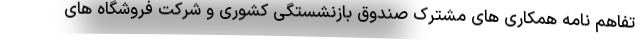
تفاهم نامه همکاری های مشترک صندوق بازنشستگی کشوری و شرکت فروشگاه های